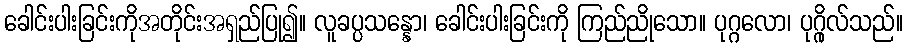
ခေါင်းပါးခြင်းကိုအတိုင်းအရှည်ပြု၍။ လူခပ္ပသန္နော၊ ခေါင်းပါးခြင်းကို ကြည်ညိုသော။ ပုဂ္ဂလော၊ ပုဂ္ဂိုလ်သည်။